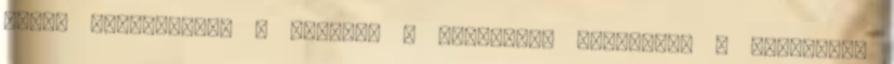
fogja bántalmazni a testét. A házassága szétesik. A szüleivel